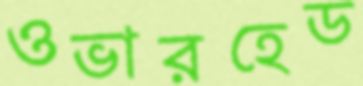
ওভারহেড